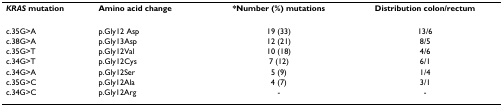
<table><thead><tr><td><b><i>KRAS </i>mutation</b></td><td><b>Amino acid change</b></td><td><b>*Number (%) mutations</b></td><td><b>Distribution colon/rectum</b></td></tr></thead><tbody><tr><td>c.35G&gt;A</td><td>p.Gly12 Asp</td><td>19 (33)</td><td>13/6</td></tr><tr><td>c.38G&gt;A</td><td>p.Gly13Asp</td><td>12 (21)</td><td>8/5</td></tr><tr><td>c.35G&gt;T</td><td>p.Gly12Val</td><td>10 (18)</td><td>4/6</td></tr><tr><td>c.34G&gt;T</td><td>p.Gly12Cys</td><td>7 (12)</td><td>6/1</td></tr><tr><td>c.34G&gt;A</td><td>p.Gly12Ser</td><td>5 (9)</td><td>1/4</td></tr><tr><td>c.35G&gt;C</td><td>p.Gly12Ala</td><td>4 (7)</td><td>3/1</td></tr><tr><td>c.34G&gt;C</td><td>p.Gly12Arg</td><td>-</td><td>-</td></tr></tbody></table>